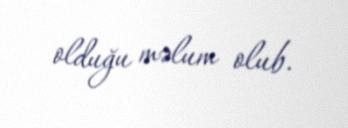
olduğu məlum olub.